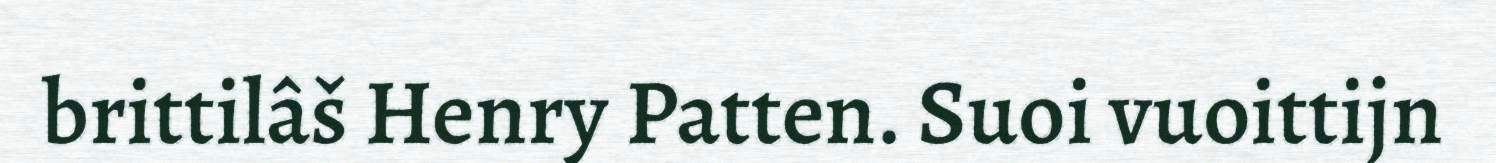
brittilâš Henry Patten. Suoi vuoittijn